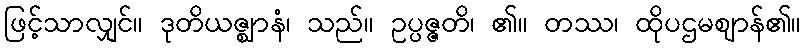
ဖြင့်သာလျှင်။ ဒုတိယဇ္ဈာနံ၊ သည်။ ဥပ္ပဇ္ဇတိ၊ ၏။ တဿ၊ ထိုပဌမဈာန်၏။